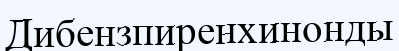
Дибензпиренхинонды